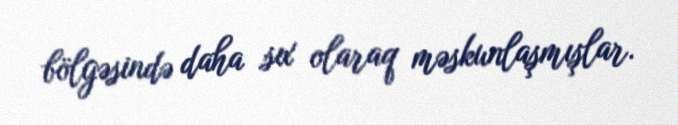
bölgəsində daha sıx olaraq məskunlaşmışlar.